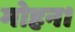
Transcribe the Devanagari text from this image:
मोहन।